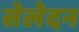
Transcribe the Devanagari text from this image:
सेलेदन